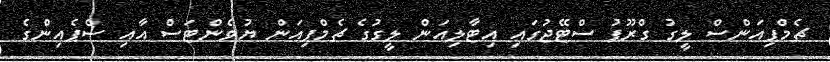
ޗެމްޕިއަންސް ލީގު ގްރޫޕު ސްޓޭޖުގައި އިޓާލިއަން ލީގުގެ ޗެމްޕިއަން ޔުވެންޓަސް އާއި ސްޕެއިންގެ